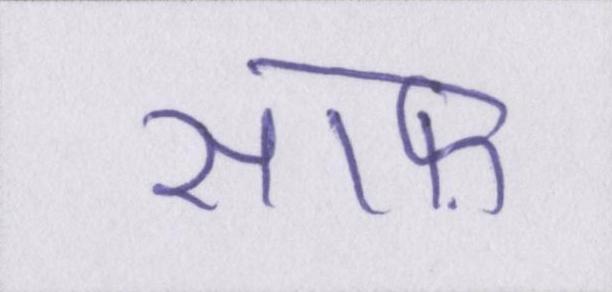
साफ़